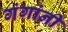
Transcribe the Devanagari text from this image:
गंगांनी